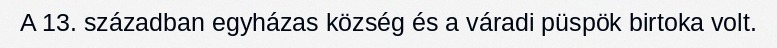
A 13. században egyházas község és a váradi püspök birtoka volt.